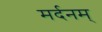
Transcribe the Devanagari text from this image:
मर्दनम्